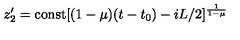
z _ { 2 } ^ { \prime } = \mathrm { c o n s t } [ ( 1 - \mu ) ( t - t _ { 0 } ) - i L / 2 ] ^ { \frac { 1 } { 1 - \mu } }